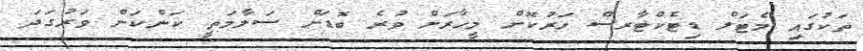
ތަކުގައި މެޓަލް ޑިޓެކްޓާރސް ހަރުކޮށް މީހާރަށް ވުރެ ބޮޑަށް ސަލާމަތީ ކަންކަން ވަރުގަދަ